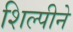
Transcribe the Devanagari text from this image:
शिल्पीने